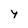
Character: 4